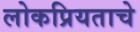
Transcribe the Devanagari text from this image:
लोकप्रियताचे